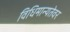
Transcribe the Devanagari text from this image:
विधिमान्यतेवर